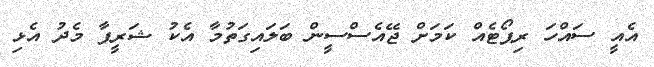
އެއީ ސައްހަ ރިޕޯޓެއް ކަމަށް ޖޭއެސްސީން ބަލައިގަތުމާ އެކު ޝަރީފާ މެދު އެޅި